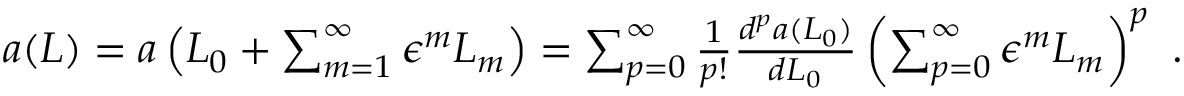
\begin{array} { r } { a ( L ) = a \left( L _ { 0 } + \sum _ { m = 1 } ^ { \infty } \epsilon ^ { m } L _ { m } \right) = \sum _ { p = 0 } ^ { \infty } \frac { 1 } { p ! } \frac { d ^ { p } a ( L _ { 0 } ) } { d L _ { 0 } } \left( \sum _ { p = 0 } ^ { \infty } \epsilon ^ { m } L _ { m } \right) ^ { p } \ . } \end{array}